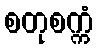
စတုစက္ကံ